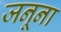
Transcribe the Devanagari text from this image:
जनूना